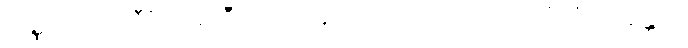
ဝဏ္ဏံ ဘာသတီ”တိအာဒီသု (သံ။ နိ။ ၁။၁၈၇) ဂရဟဏေ။ “ဧဝံ, ဘန္တေတိ